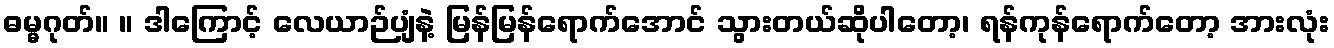
ဓမ္မဂုတ်။ ။ ဒါကြောင့် လေယာဉ်ပျံနဲ့ မြန်မြန်ရောက်အောင် သွားတယ်ဆိုပါတော့၊ ရန်ကုန်ရောက်တော့ အားလုံး